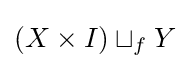
(X\times I)\sqcup _{f}Y